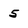
Character: 5